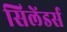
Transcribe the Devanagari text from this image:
सिलेंडर्स